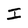
Character: I